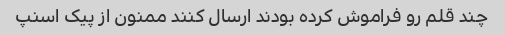
چند قلم رو فراموش کرده بودند ارسال کنند ممنون از پیک اسنپ